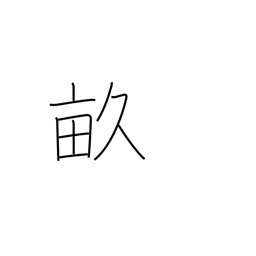
Meaning: thirty tsubo